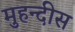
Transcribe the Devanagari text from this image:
मुहन्दीस